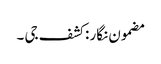
مضمون نگار : کشف جی ۔